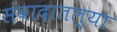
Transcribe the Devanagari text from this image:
संवादातल्या